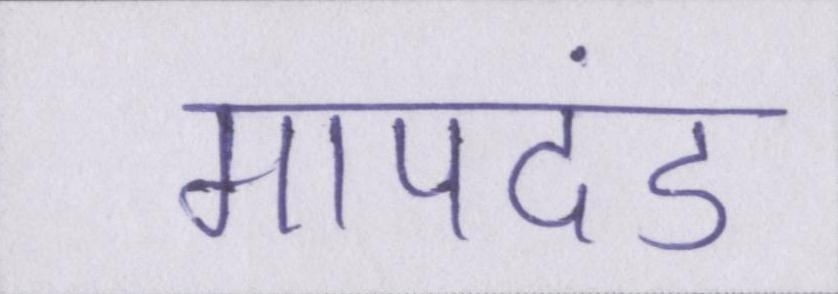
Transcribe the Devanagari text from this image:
मापदंड